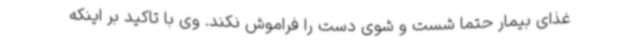
غذای بیمار حتما شست و شوی دست را فراموش نکند. وی با تاکید بر اینکه